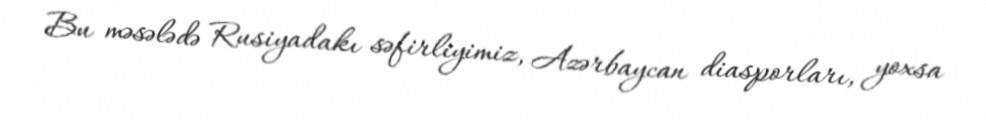
Bu məsələdə Rusiyadakı səfirliyimiz, Azərbaycan diasporları, yoxsa